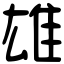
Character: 雄